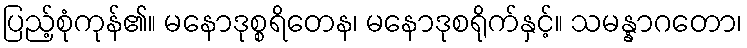
ပြည့်စုံကုန်၏။ မနောဒုစ္စရိတေန၊ မနောဒုစရိုက်နှင့်။ သမန္နာဂတော၊